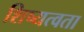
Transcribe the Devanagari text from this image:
शिष्यत्वता